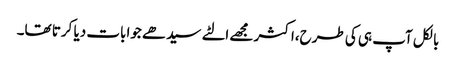
بالکل آپ ہی کی طرح،اکثر مجھے الٹے سیدھے جوابات دیا کرتا تھا۔